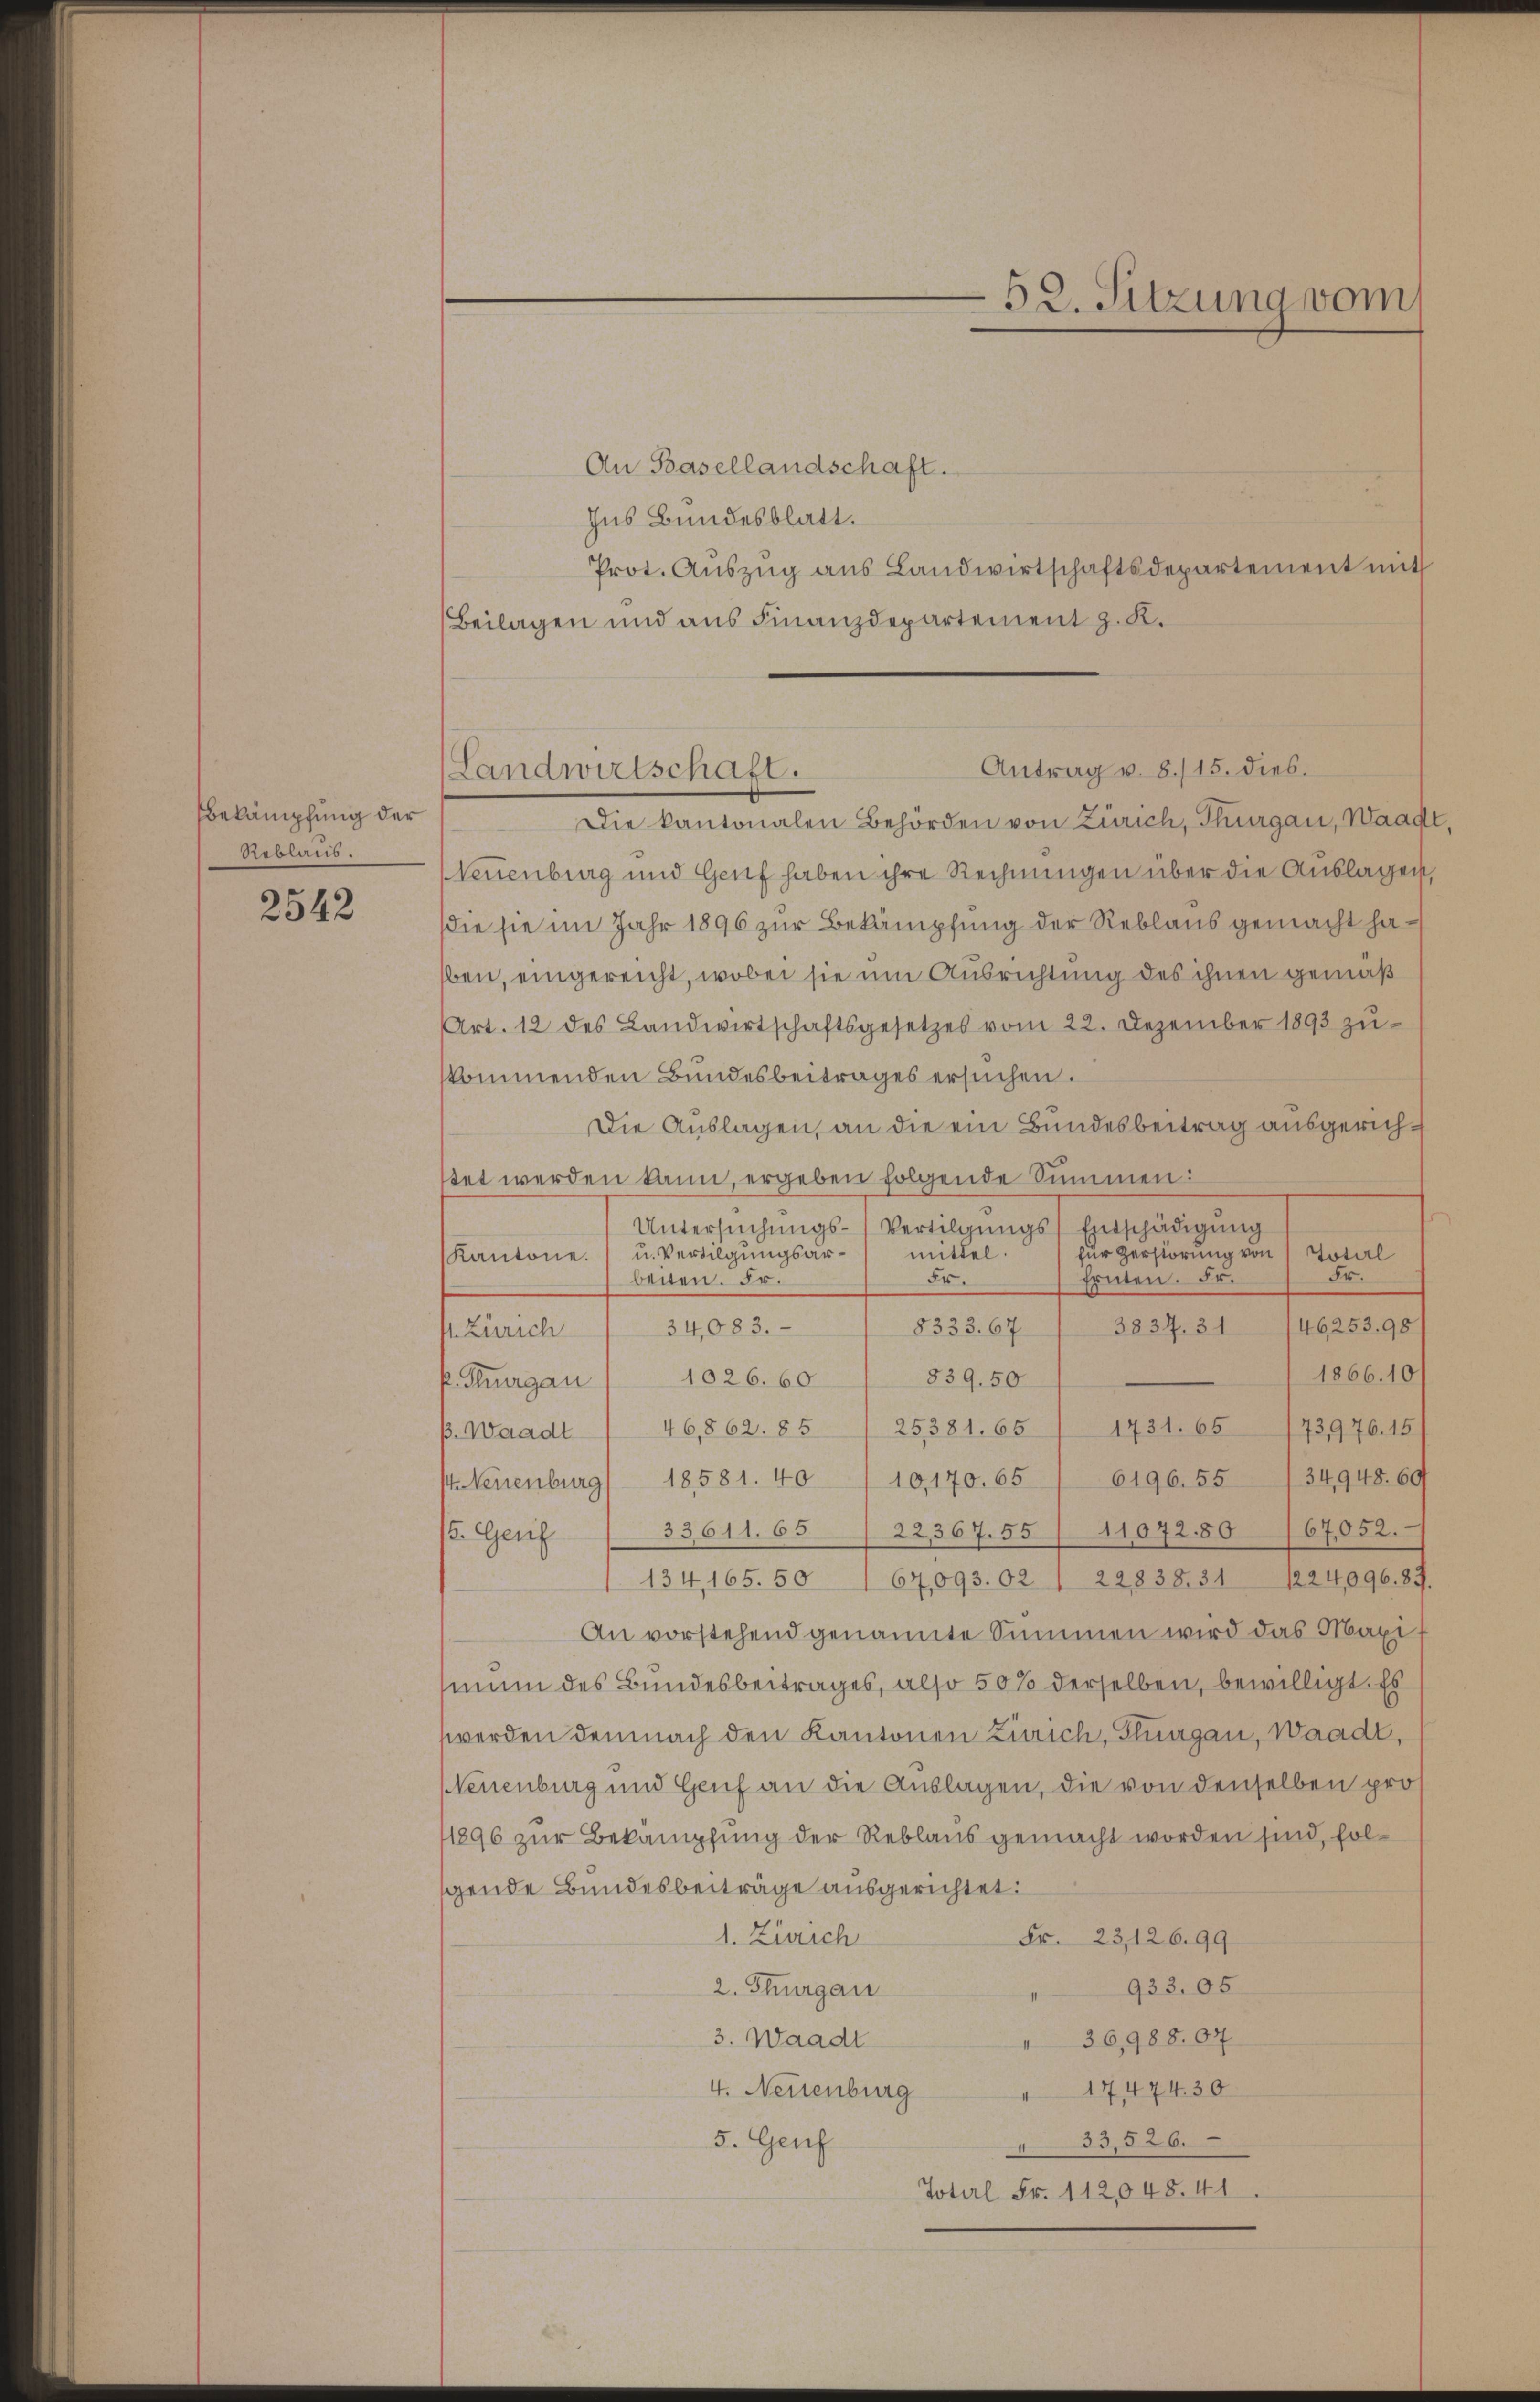
bekämpfung der
Reblaus.

2542

An Basellandschaft.
Ins Bundesblatt.
Prot. Auszug aus Landwirtschaftsdepartement mit
Beilagen und aus Finanzdepartement z. K.

Die kantonalen Behörden von Zürich, Thurgau, Waadt
Neuenburg und Genf haben ihre Rechnungen über die Auslagen,
die sie im Jahr 1896 zur Bekämpfung der Reblaus gemacht haben, eingereicht, wobei sie um Ausrichtung des ihnen gemäß
Art. 12 des Landwirtschaftsgesetzes vom 22. Dezember 1893 zŭ-
kommenden Bundesbeitrages ersŭchen.
Die Auslagen, an die ein Bundesbeitrag ausgerichstet werden kann, ergeben folgende Summen:
Untersŭchŭngs-Vertilgŭngs-Entschädigŭng
für Zerstörung von Total
u. Vertilgungsarmittel.
Kantone.
Fr.
früten. Fr.
Fr.
beiten. Fr.
46,253. 98
8333. 67
3834. 31
st. Zürich 1 34083.
1866.10
839. 50
P. Thurgau / 1026. 60
p. Waadt / 46,862. 85 / 25381. 65 / 1731. 65 (173976. 15
st. Neuenburg) 18581. 40 / 10,170. 65 " 6196. 55 /34948. 69
8. Genf / 33611. 65 / 22367. 55 (1107280/67052. E
134, 165. 501 67,093.02 / 22838. 31 1224096. 87.
An vorstehend genannte Summen wird das Maximum des Bundesbeitrages, also 50% derselben, bewilligt. Es
werden demnach den Kantonen Zürich, Thurgau, Waadt,
Neuenburg und Genf an die Auslagen, die von denselben pro¬
1896 zur Bekämpfung der Reblaus gemacht worden sind, solgende Bundesbeiträge ausgerichtet:
1. Zürich
Fr. 23,126.99
933. 05
2. Thurgau
36,988.07
3. Waadt
4. Neuenburg
" 1747430
33,526.
5. Genf
Totel Fr. 112,048. 41.

52. Sitzung vom

Antrag u. 8./15. dies.
Landwirtschaft.